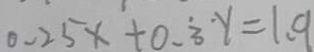
0 . 2 5 x + 0 . 3 y = 1 . 9